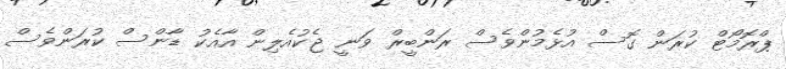
ޕްރޮމޯޓް ކުރަން ގޮސް އުޅެމުންވެސް ރަންބީރް ވަނީ ޖެކުއެލިން އާއެކު ޑާންސް ކުރަންވެސް